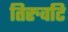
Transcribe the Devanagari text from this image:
तिरुवटि